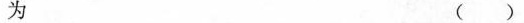
为 ( )